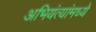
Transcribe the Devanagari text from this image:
अभियंत्यांमध्ये